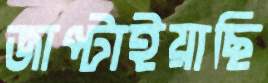
জাপ্‌টাইয়াছি